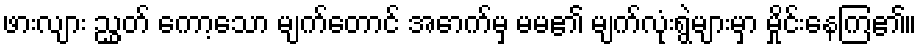
ဖားလျား ညွှတ် ကော့သော မျက်တောင် အောက်မှ မမ၏ မျက်လုံးရွဲများမှာ မှိုင်းနေကြ၏။